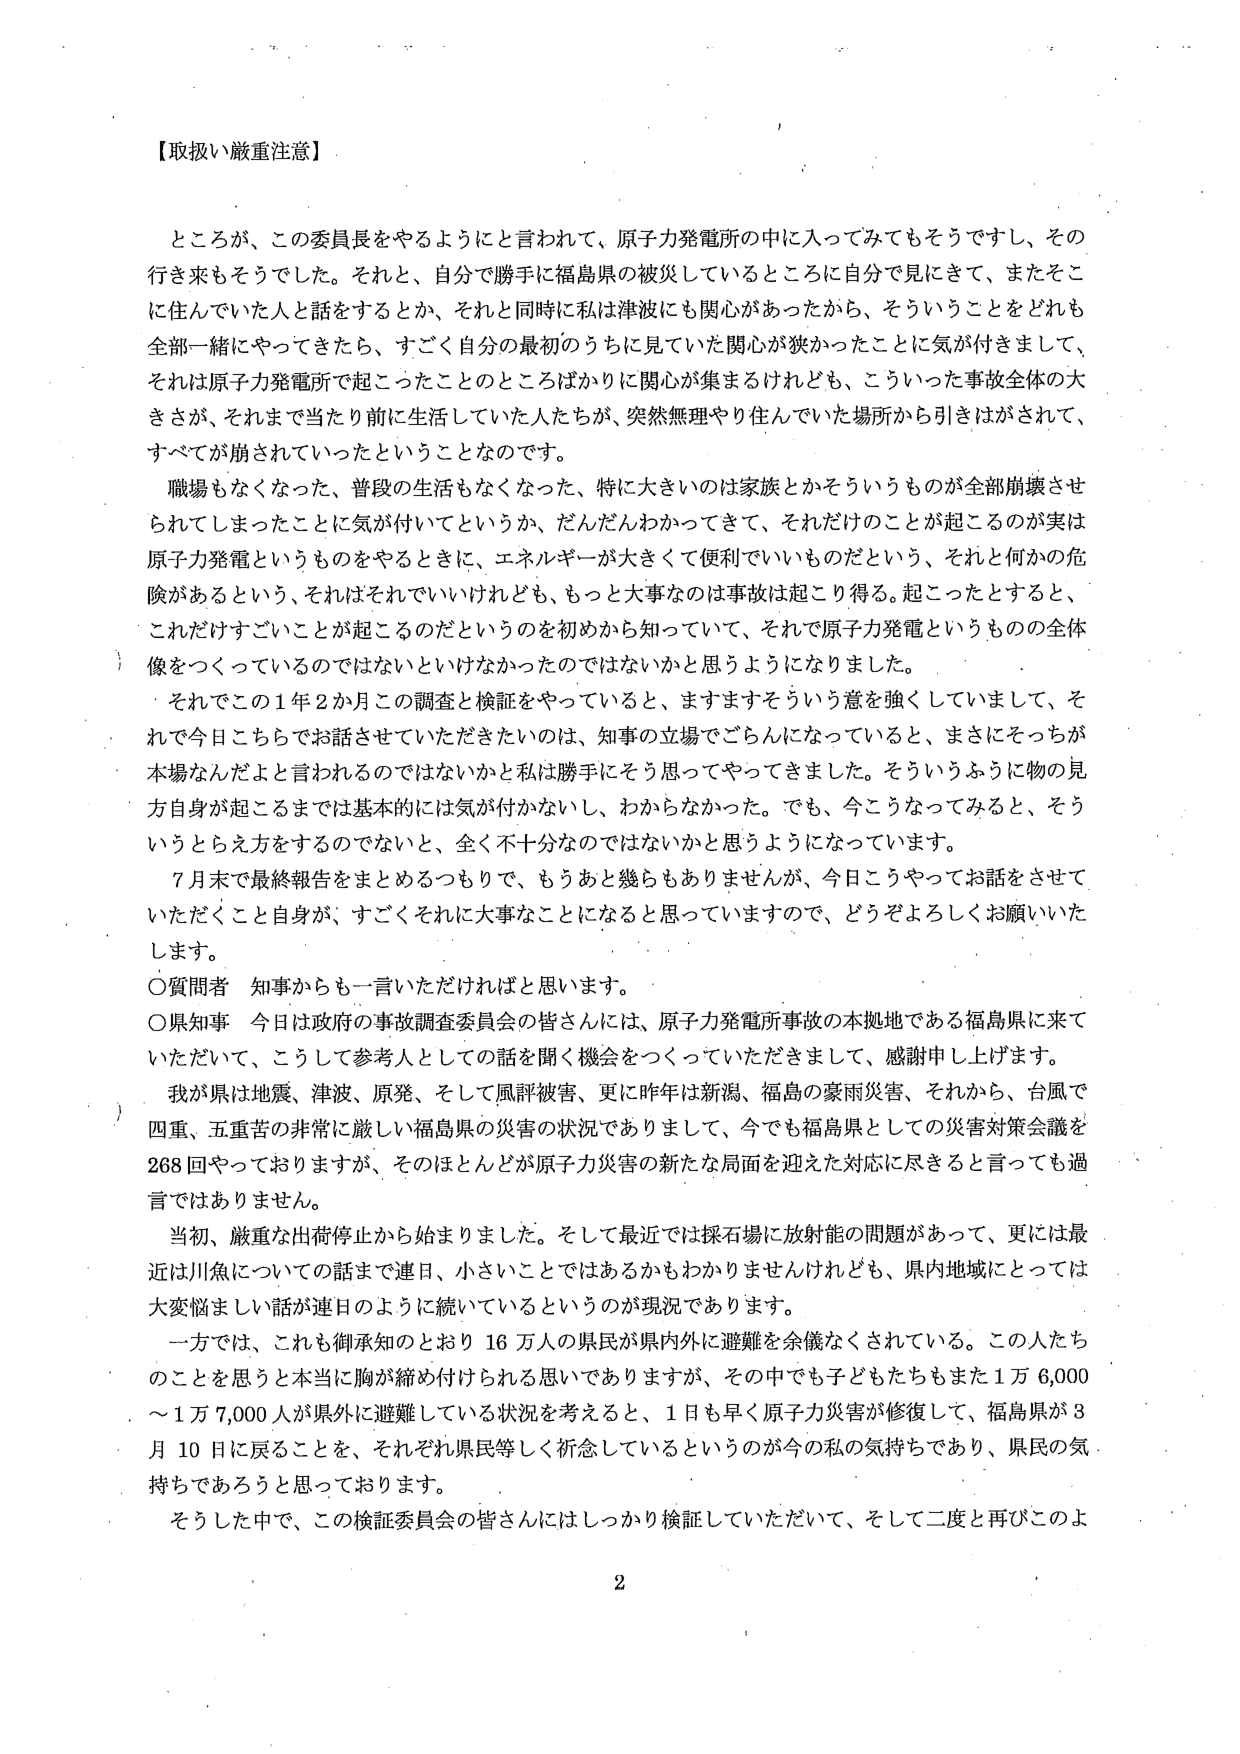
【取扱い厳重注意】

ところが、この委員長をやるようにと言われて、原子力発電所の中に入ってみて もそうですし、その行き来もそうでした。それと、自分で勝手に福島県の被災しているところに自分で見にきて、またそこに住んでいた人と話をするとか、それと同時に私は津波にも関心があったから、そういうことをどれも全部一緒にやってきたら、すごく自分の最初のうちに見ていた関心が狭かったことに気が付きまして、それは原子力発電所で起こったことのところばかりに関心が集まるけれども、こういった事故全体の大きさが、それまで当たり前前に生活していた人たちが、突然無理やり住んでいた場所から引きはがされて、すべてが崩されていったということなのです。

職場もなくなった、普段の生活もなくなった、特に大きいのは家族とかそういうものが全部崩壊させられてしまったことに気が付いてというか、だんだんわかってきて、それだけのことが起こるのが実は原子力発電というものをやるときに、エネルギーが大きくて便利でいいものだという、それと何かの危険があるという、それはそれでいいけれども、もっと大事なのは事故は起こり得る。起こったとすると、これだけすごいことが起こるのだというのを初めから知っていて、それで原子力発電というものの全体像をつくっているのではないといけなかったのではないかと思うようになりました。

それでこの1年2か月この調査と検証をやっていると、ますますそういう意を強くしていまして、それで今日こちらでお話させていただきたいのは、知事の立場でごらんになっていると、まさにそっちが本場なんだよと言われるのではないかと私は勝手にそう思ってやってきました。そういうふうに物の見方自身が起こるまでは基本的には気が付かないし、わからなかった。でも、今こうなってみると、そういうとらえ方をするのではないと、全く不十分なのではないかと思うようになっています。

7月末で最終報告をまとめるつもりで、もうあと幾らもありませんが、今日こうやってお話をさせていただくこと自身が、すごくそれに大事なことになると思っていますので、どうぞよろしくお願いいたします。

〇質問者 知事からも一言いただければと思います。

〇県知事 今日は政府の事故調査委員会の皆さんには、原子力発電所事故の本拠地である福島県に来ていただいて、こうして参考人としての話を聞く機会をつくっていただきまして、感謝申し上げます。

我が県は地震、津波、原発、そして風評被害、更に昨年は新潟、福島の豪雨災害、それから、台風で四重、五重苦の非常に厳しい福島県の災害の状況でありまして、今でも福島県としての災害対策会議を268回やっておりますが、そのほとんどが原子力災害の新たな局面を迎えた対応に尽きると言っても過言ではありません。

当初、厳重な出荷停止から始まりました。そして最近では採石場に放射能の問題があって、更には最近は川魚についての話まで連日、小さいことではあるかもわかりませんけれども、県内地域にとっては大変悩ましい話が連日のように続いているというのが現況であります。

一方では、これも御承知のとおり16万人の県民が県内外に避難を余儀なくされている。この人たちのことを思うと本当に胸が締め付けられる思いでありますが、その中でも子どもたちもまた1万6,000～1万7,000人が県外に避難している状況を考えると、1日も早く原子力災害が修復して、福島県が3月10日に戻ることを、それぞれ県民等しく祈念しているというのが今の私の気持ちであり、県民の気持ちであろうと思っております。

そうした中で、この検証委員会の皆さんにはしっかり検証していただいて、そして二度と再びこのよ

2